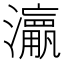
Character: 𱪅